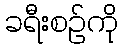
ခရီးစဉ်ကို